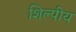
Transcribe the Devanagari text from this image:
शिल्पीय